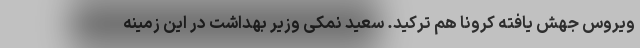
ویروس جهش یافته کرونا هم ترکید. سعید نمکی وزیر بهداشت در این زمینه